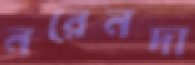
নরেনদা